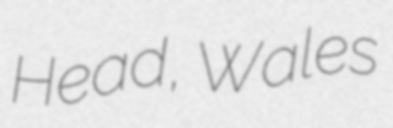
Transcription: Head, Wales